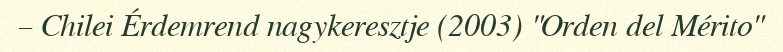
– Chilei Érdemrend nagykeresztje (2003) "Orden del Mérito"